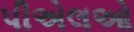
પીએલઓ